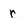
Character: r